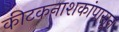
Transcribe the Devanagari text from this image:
कीटकनाशकांपासून